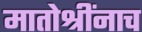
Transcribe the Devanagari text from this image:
मातोश्रींनाच